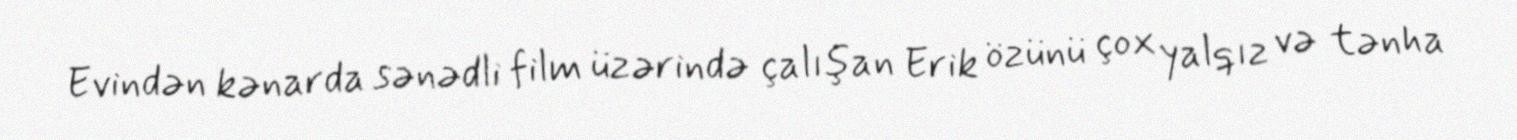
Evindən kənarda sənədli film üzərində çalışan Erik özünü çox yalqız və tənha